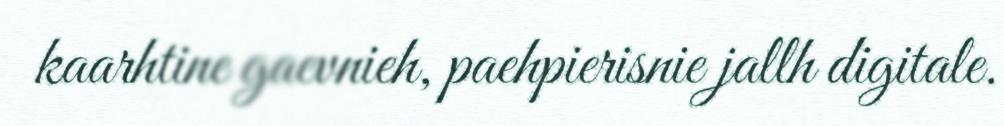
kaarhtine gaevnieh, paehpierisnie jallh digitale.